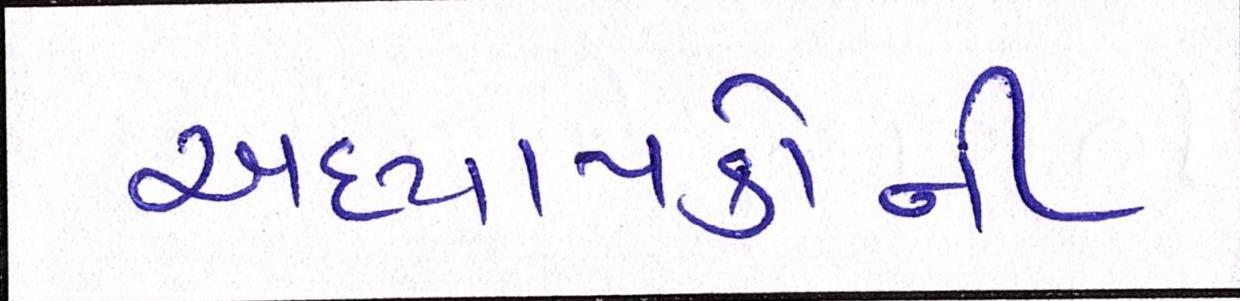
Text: અધ્યાપકોની